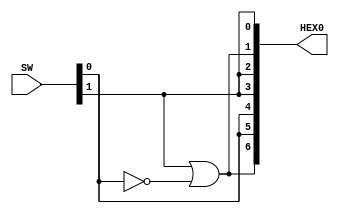





module part4 (SW, HEX0);
	input [9:0] SW; // slide switches
	output [0:6] HEX0; // 7-seg 0

	// SW[1:0]  = c
	// 00 -> d
	// 01 -> E
	// 10 -> 1

	assign HEX0[0] = SW[1] | !SW[0];
	assign HEX0[1] = SW[0];
	assign HEX0[2] = SW[0];
	assign HEX0[3] = SW[1];
	assign HEX0[4] = SW[1];
	assign HEX0[5] = SW[1] | !SW[0];
	assign HEX0[6] = SW[1];

endmodule